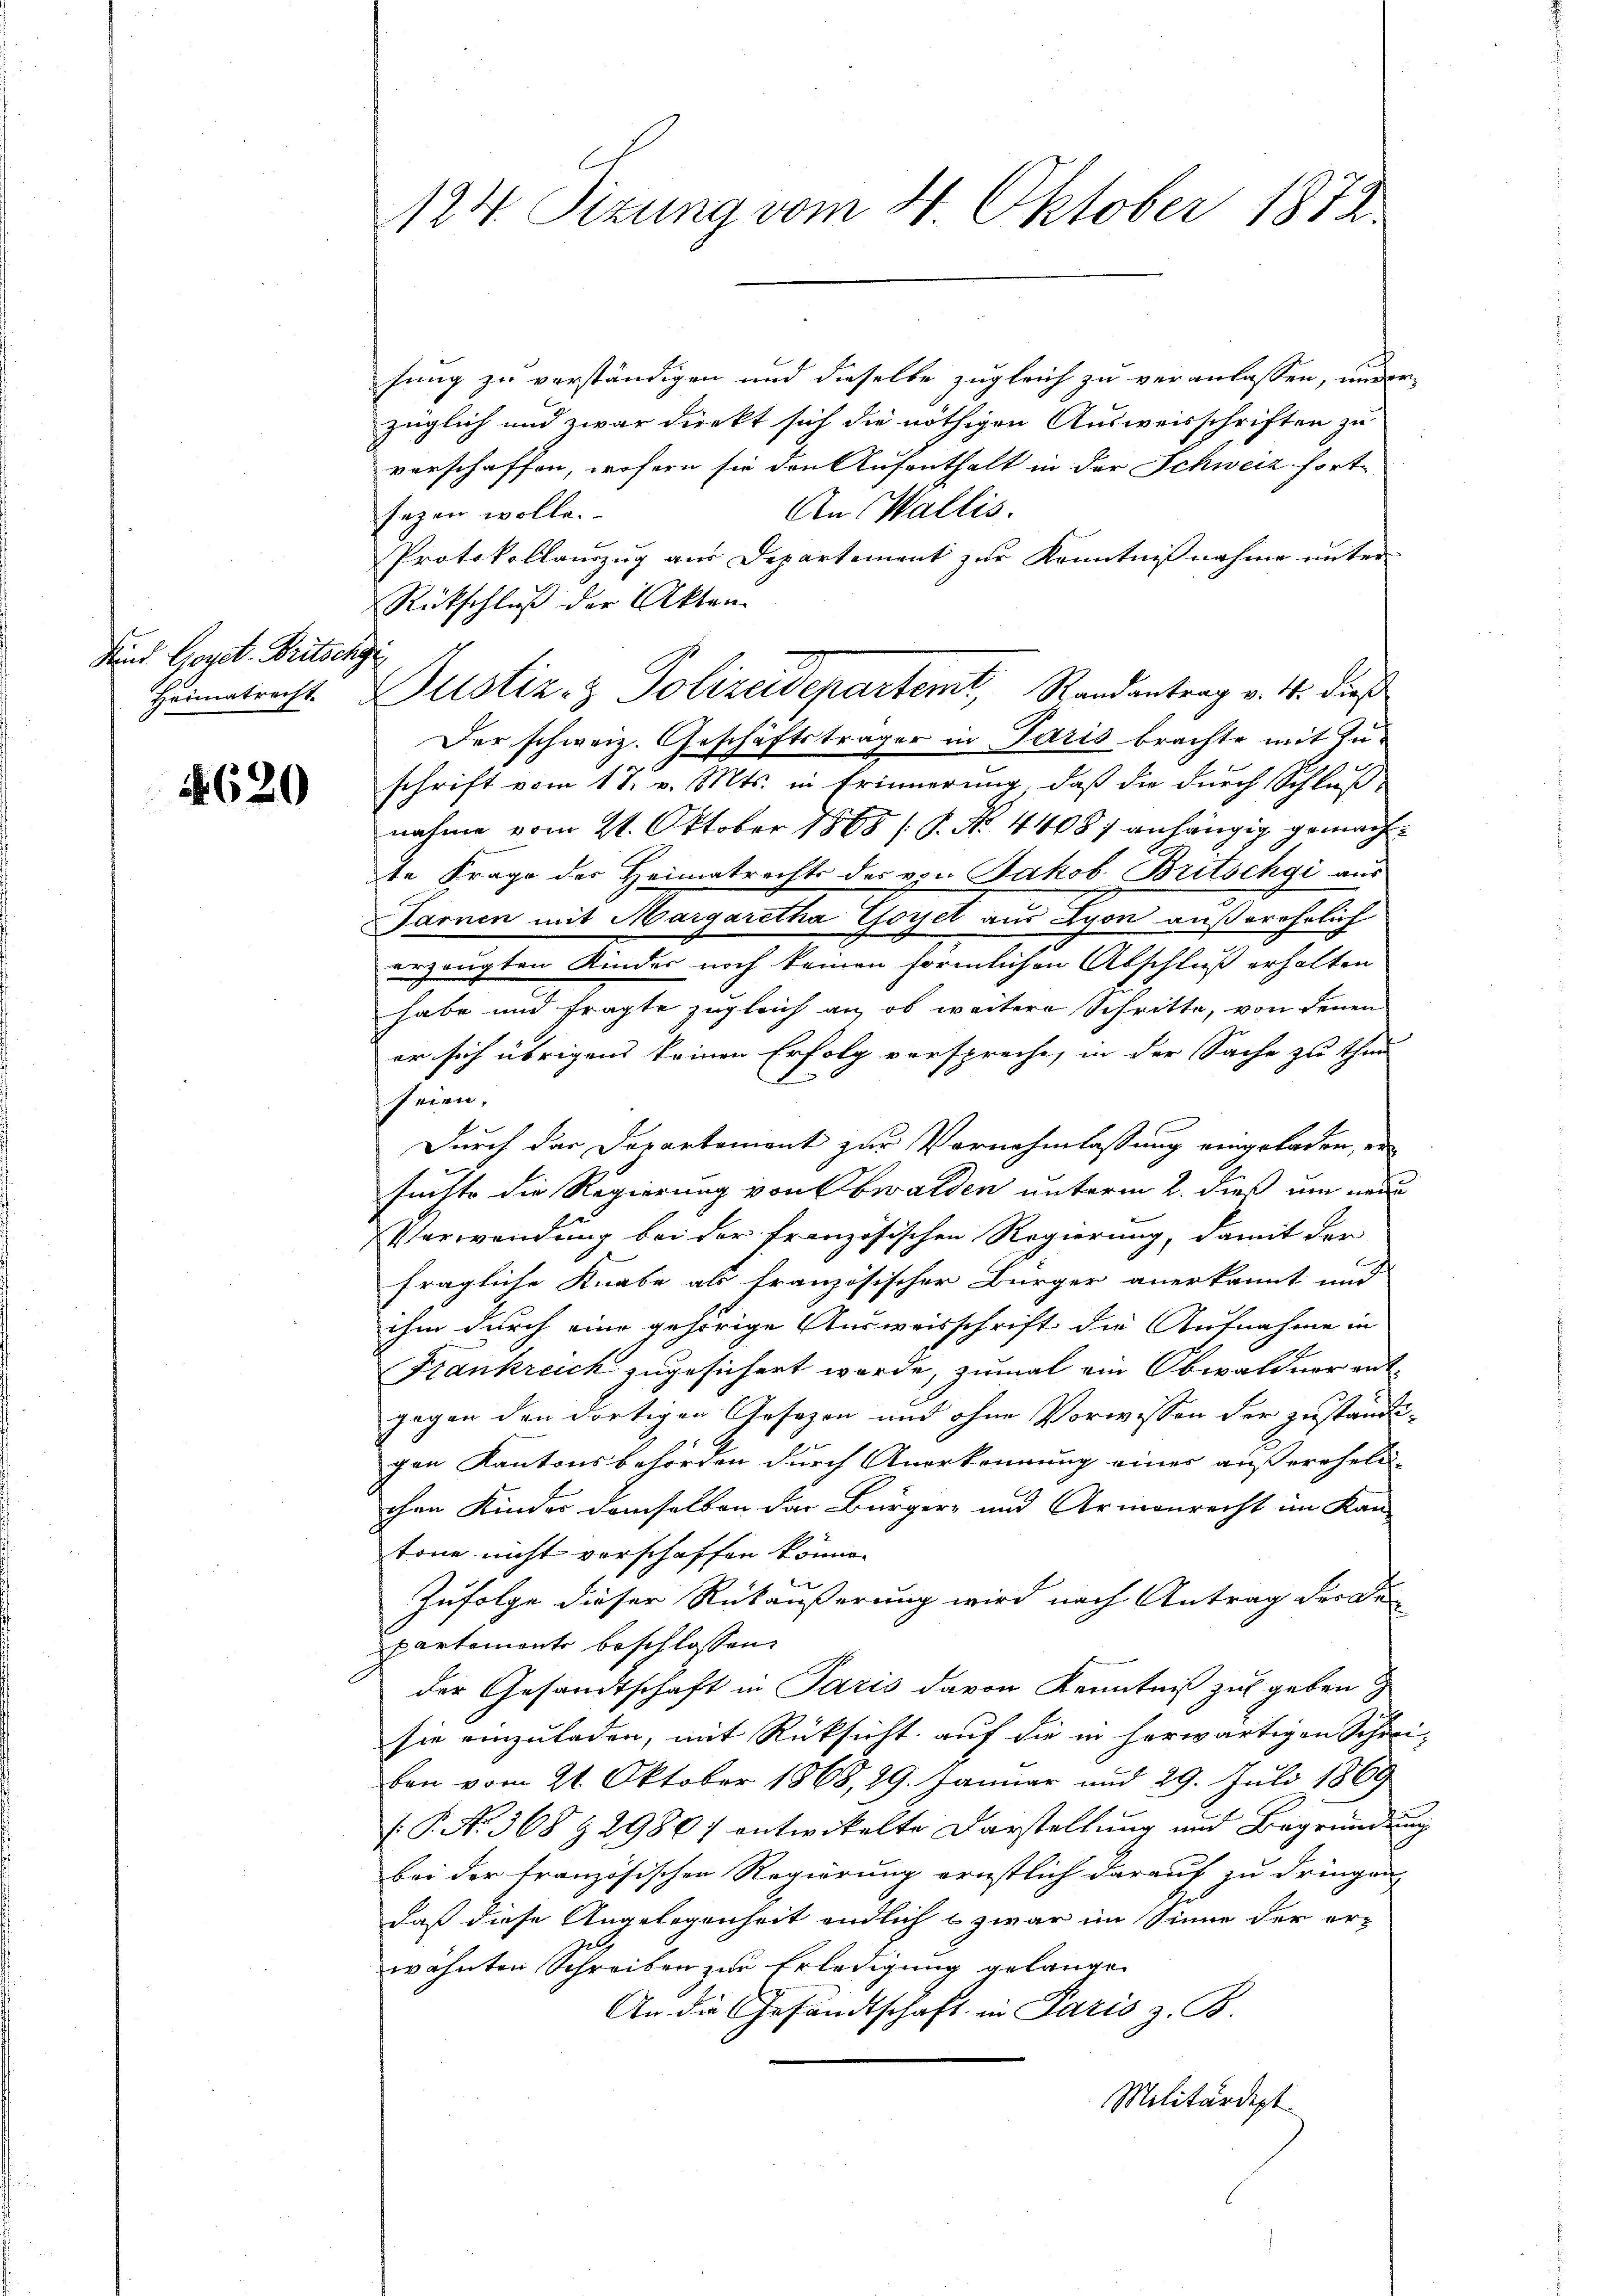
Kind Geget. Britschge

4620

124. Sizung vom 4. Oktober 1872.

sung zu verständigen und dieselbe zugleich zu veranlassen, und erzüglich und zwar direkt sich die nöthigen Ausweisschriften zu
verschaffen, wofern sie den Aufenthalt in der Schweiz fort¬
An Wallis.
sagen wolle.
Protokollaŭszŭg aŭs Departement zŭr Kenntniβnahme ŭnter
Rückschluß der Akten
Der schweiz. Geschäftsträger in Paris brachte mit Zuschrift vom 17. v. Mts. in Erinnerung, daß die durch Schluß
nahme vom 24. Oktober 1865 (s. No. 41081 anhängig gemachte Frage der Heimatrechts des von Jakob Britschgi aus
Tarnen mit Margaretha Goyet aus Lyon außerehrlich
erzeugten Kinder noch keinen förmlichen Abschluß erholten
habe und fragte zugleich an, ob weitere Schritte, von denen
er sich übrigens keinen Erfolg verspreche, in der Sache zu thun
seien.
Durch der Departement zur Vornahmlassung eingeladen, er-
suchte die Regierung von Obwalden unterm 2. dieß um neue
Verwendung bei der französischen Regierung, damit der
fragliche Knabe als französischer Bürger anerkannt und
ihm durch eine gehörige Ausweisschrift die Aufnahme in
Frankreich zugesichert wurde, zumal ein Obwaldner entgegen den dortigen Gesezen und ohne Vorwissen der zuständigen Kantonsbehörden durch Anerkennung eines außereheli-
ihre Kinder demselben der Bürger- und Armenrecht im Kan-
tone nicht verschaffen könne.
Zufolge dieser Rückäußerung wird nach Antrag dera
partemente beschlossen
der Gesandtschaft in Paris davon Kenntniß zu geben
sie einzuladen, mit Rücksicht auf die in herwärtigen Schrei-
ben vom 21. Oktober 1868, 29. Januar und 29. Juli 1869
(P. No. 368 & 2980f entwickelte Darstellung und Begründung
bei der französischen Regierung ernstlich darauf zu dringen
daß diese Angelegenheit endlich & zwar im Sinne der er-
wähnten Schreiben zur Erledigung gelangen
An die Gesandtschaft in Paris z. B.
Militärdept

Hammetracht. Justiz- & Polizeidepartemt, Randantrag v. 4. dieß